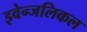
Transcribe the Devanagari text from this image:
इवेन्जलिकल